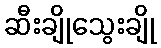
ဆီးချိုသွေးချို